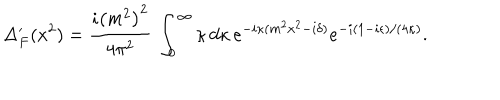
\Delta _ { F } ^ { \prime } ( x ^ { 2 } ) = { \frac { i \left( m ^ { 2 } \right) ^ { 2 } } { 4 \pi ^ { 2 } } } \, \int _ { 0 } ^ { \infty } \kappa \, d \kappa \, e ^ { - i \kappa ( m ^ { 2 } x ^ { 2 } - i \delta ) } e ^ { - i ( 1 - i \epsilon ) / ( 4 \kappa ) } .